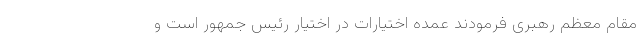
مقام معظم رهبری فرمودند عمده اختیارات در اختیار رئیس جمهور است و